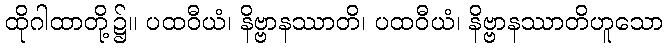
ထိုဂါထာတို့၌။ ပထဝီယံ၊ နိဗ္ဗာနဿာတိ၊ ပထဝီယံ၊ နိဗ္ဗာနဿာတိဟူသော